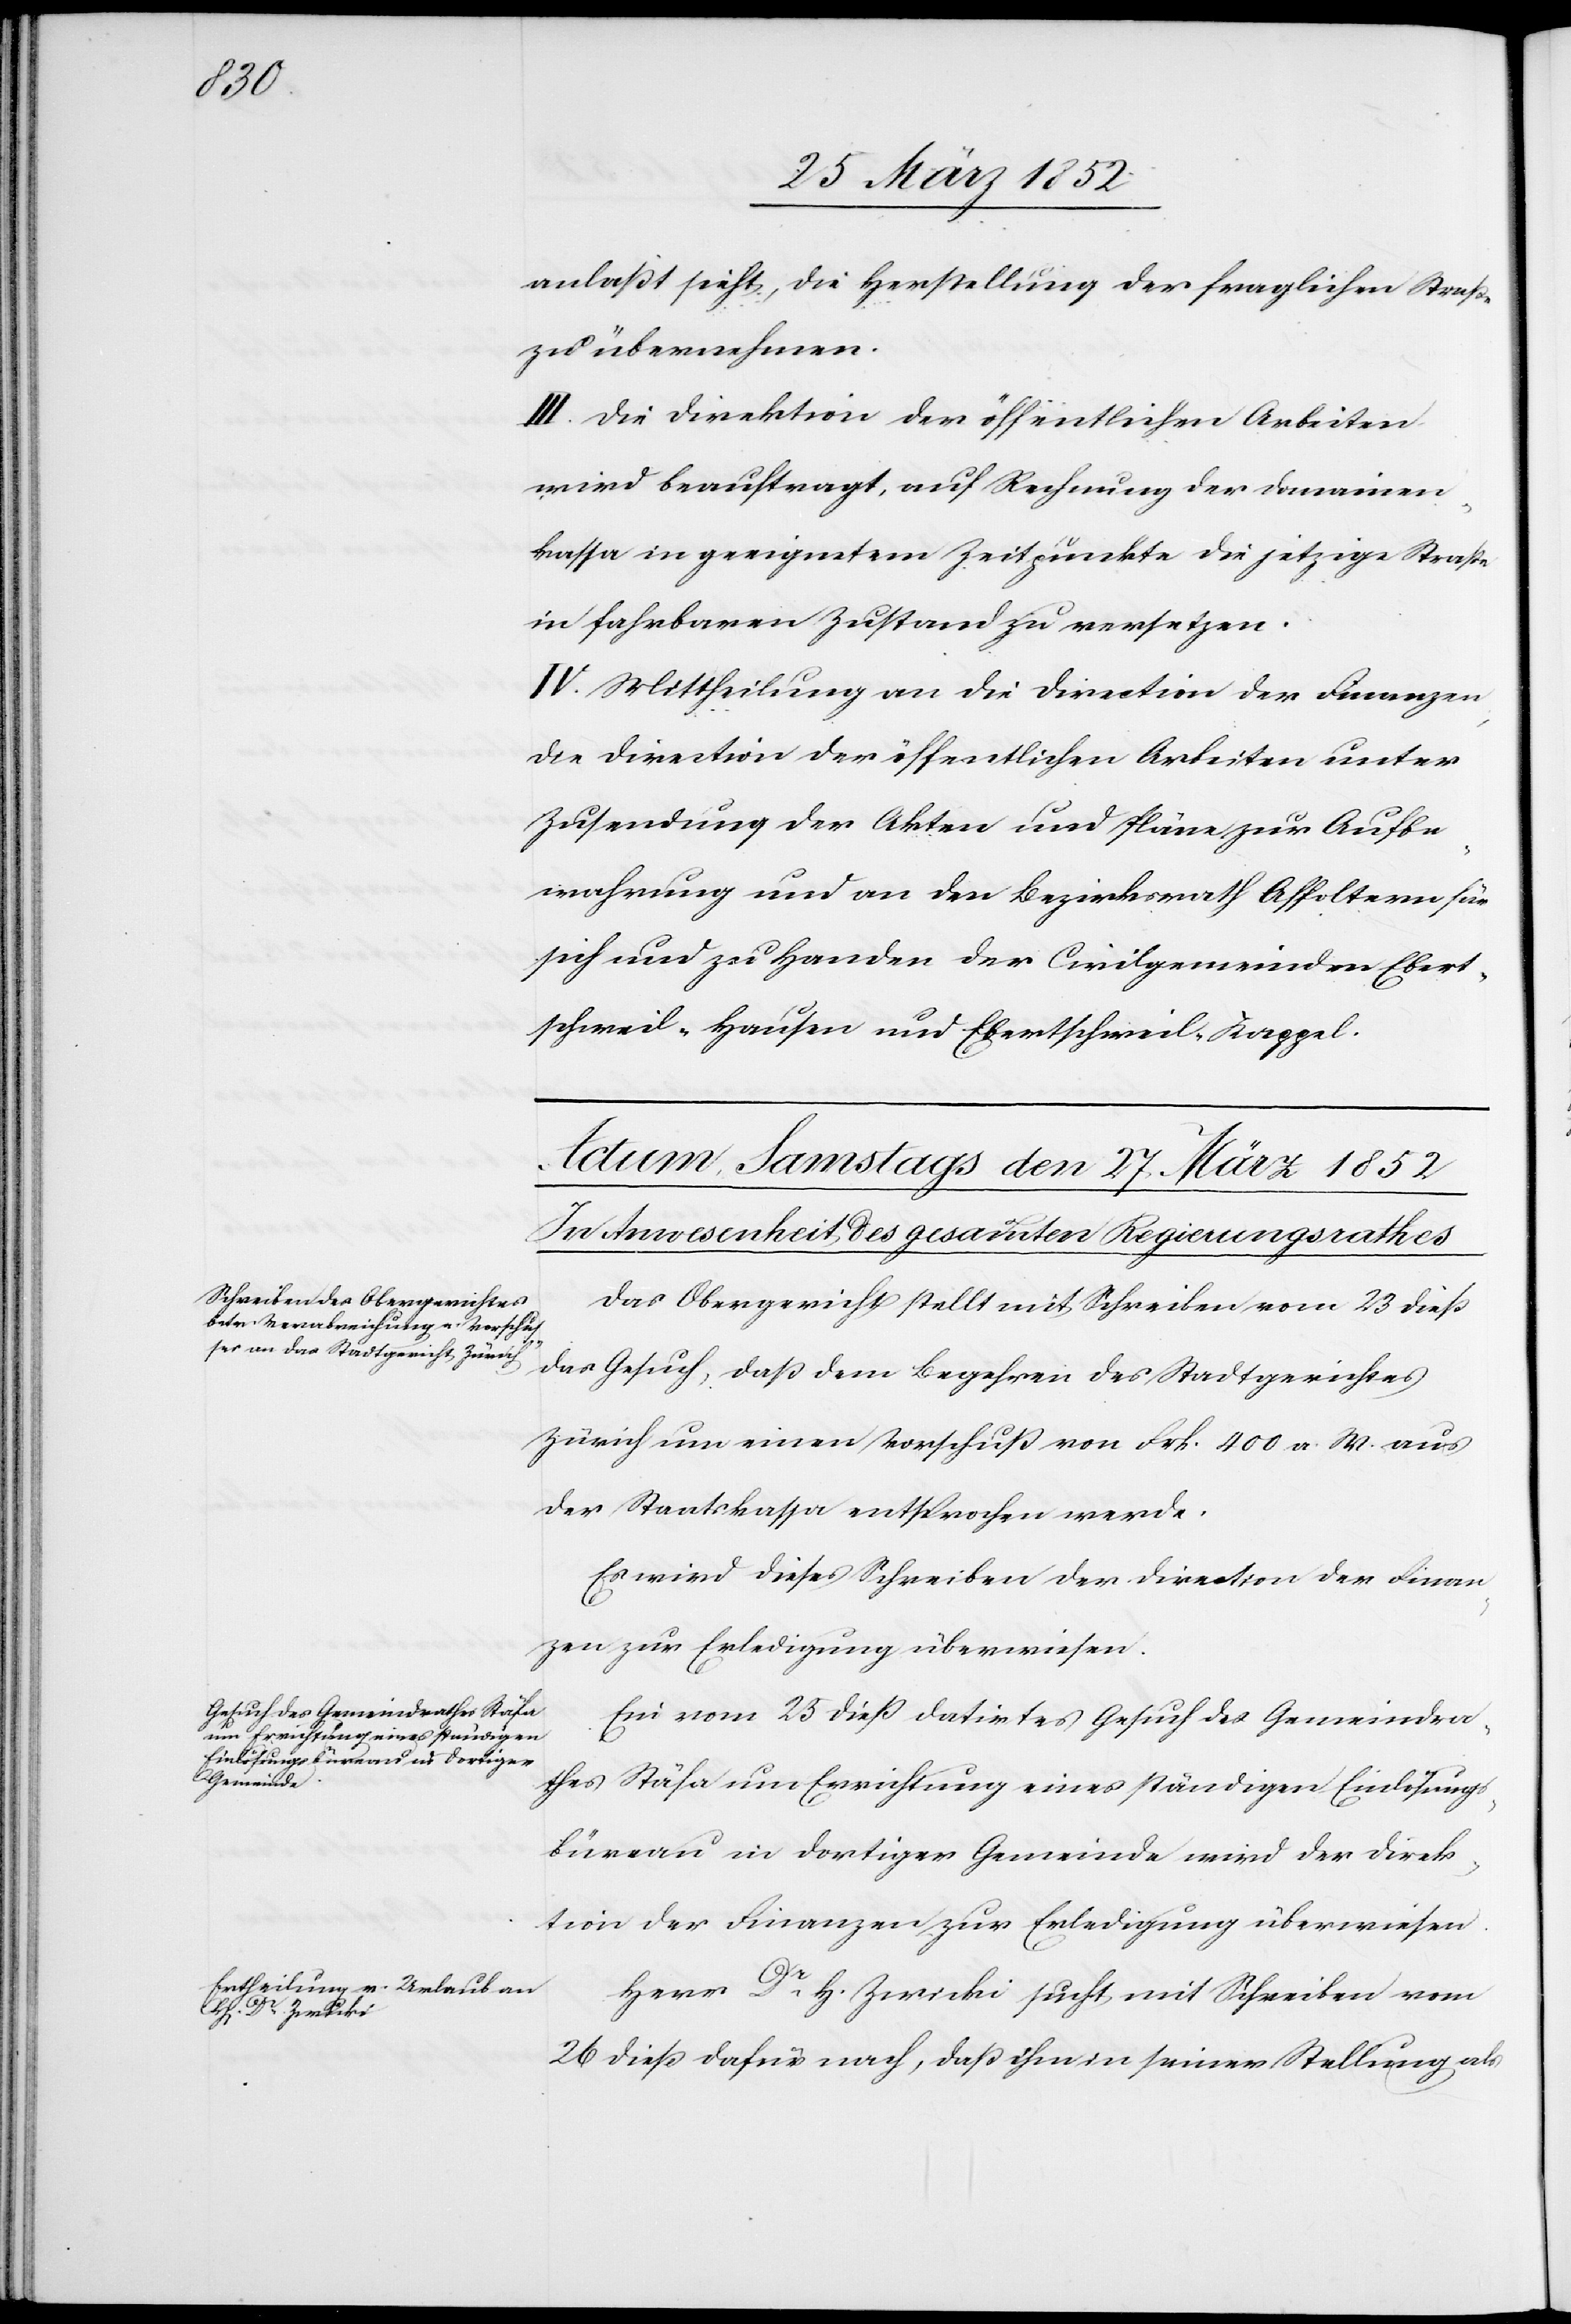
anlaßt sieht, die Herstellung der fraglichen Straße
zu übernehmen.
III. Die Direktion der öffentlichen Arbeiten
wird beauftragt, auf Rechnung der Domainen¬
kassa in geeignetem Zeitpunkte die jetzige Straße
in fahrbaren Zustand zu versetzen.
IV. Mittheilung an die Direction der Finanzen,
die Direction der öffentlichen Arbeiten unter
Zusendung der Akten und Pläne zur Aufbe¬
wahrung und an den Bezirksrath Affoltern für
sich und zu Handen der Civilgemeinde Ebert¬
schweil-Hausen und Erbertschweil-Kappel.
Das Obergericht stellt mit Schreiben vom 23 dieß
das Gesuch, daß dem Begehren de Stadtgerichtes
Zürich um einen Vorschuß von Frk. 400 a. W. aus
der Staatskassa entsprochen werde.
Es wird dieses Schreiben der Direction der Finan¬
zen zur Erledigung überwiesen.
Ein vom 25 dieß datirtes Gesuch des Gemeindra¬
thes Stäfa um Errichtung eines ständigen Einlösungs¬
büreau in dortiger Gemeinde wird der Direk¬
tion der Finanzen zur Erledigung überwiesen.
Herr Dr H. Zwicki sucht mit Schreiben vom
26 dieß dafür nach, daß ihn in seiner Stellung als